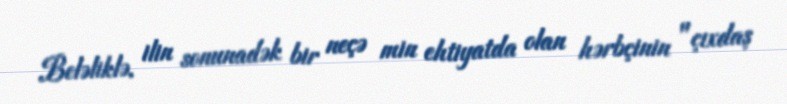
Beləliklə, ilin sonunadək bir neçə min ehtiyatda olan hərbçinin "çıxdaş